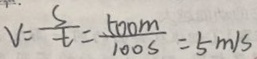
V = \frac { s } { t } = \frac { 5 0 0 m } { 1 0 0 s } = 5 m / s